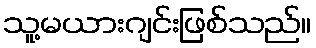
သူ့မယားဂျင်းဖြစ်သည်။